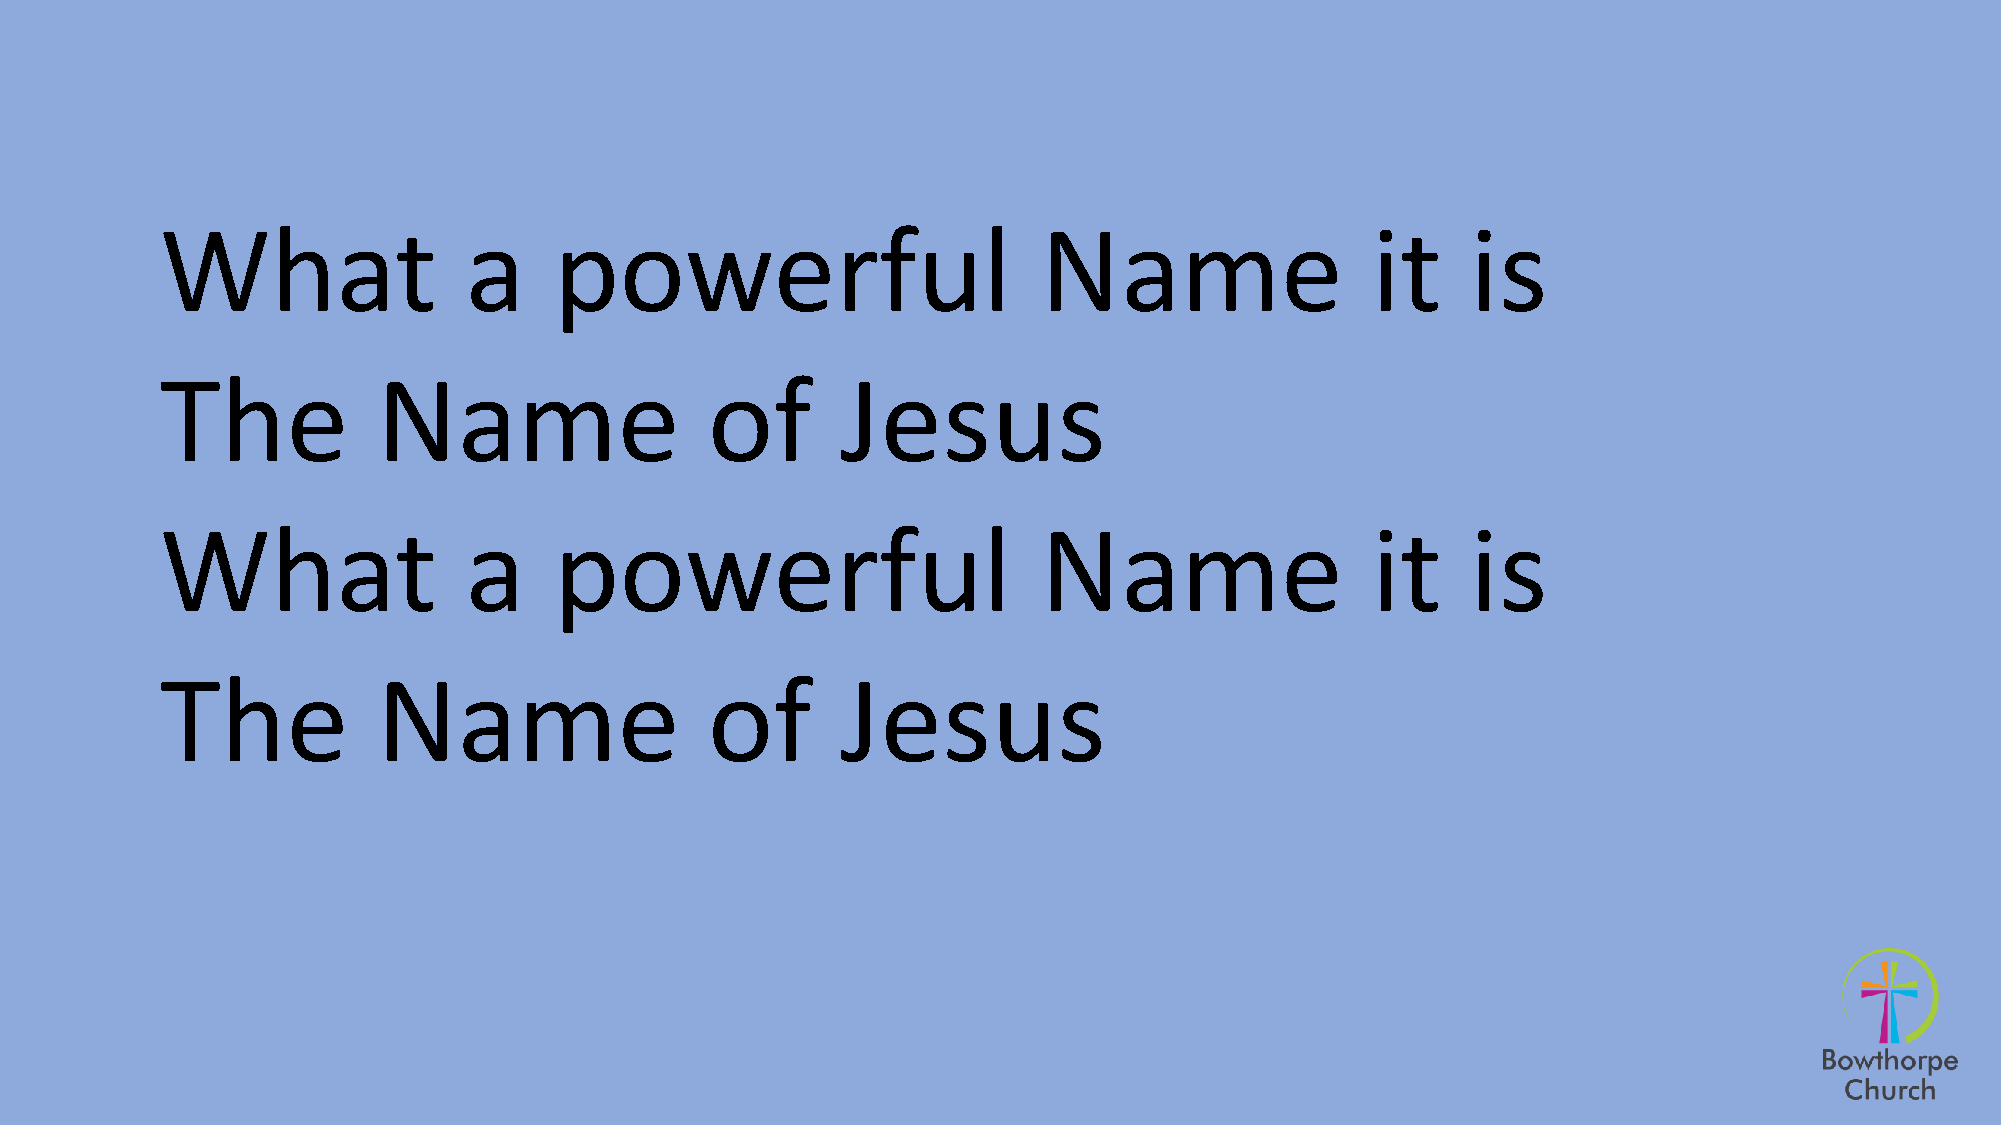
What                a     powerful                        Name                  it    is
 The           Name                  of       Jesus
 What                a     powerful                        Name                  it    is
 The           Name                  of       Jesus